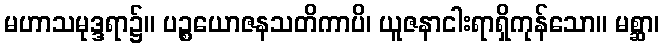
မဟာသမုဒ္ဒရာ၌။ ပဉ္စယောဇနသတိကာပိ၊ ယူဇနာငါးရာရှိကုန်သော။ မစ္ဆာ၊